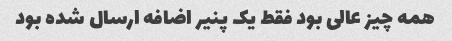
همه چیز عالی بود فقط یک پنیر اضافه ارسال شده بود